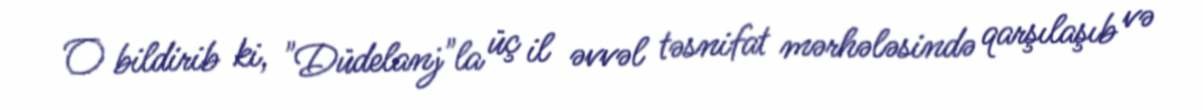
O bildirib ki, "Düdelanj"la üç il əvvəl təsnifat mərhələsində qarşılaşıb və